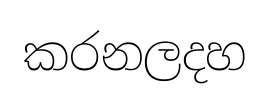
කරනලදහ